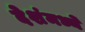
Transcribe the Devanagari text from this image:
देशंमध्ये